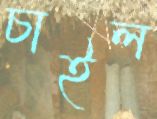
চাইল